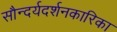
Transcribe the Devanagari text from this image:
सौन्दर्यदर्शनकारिका